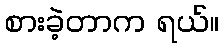
စားခဲ့တာက ရယ်။